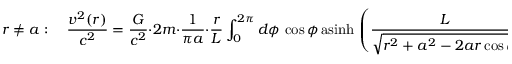
r \ne a : \quad \frac { v ^ { 2 } ( r ) } { c ^ { 2 } } = \frac { G } { c ^ { 2 } } \cdot 2 m \cdot \frac { 1 } { \pi a } \cdot \frac { r } { L } \int _ { 0 } ^ { 2 \pi } d \phi \, \cos \phi \, \mathrm { a s i n h } \, \left( \frac { L } { \sqrt { r ^ { 2 } + a ^ { 2 } - 2 a r \cos \phi } } \right) ,